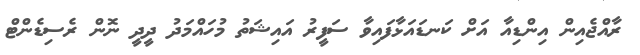
ރާއްޖެއިން އިންޑިއާ އަށް ކަނޑައަޅާފައިވާ ސަފީރު އައިޝަތު މުހައްމަދު ދީދީ ނޮން ރެސިޑެންޓް